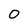
Character: 0